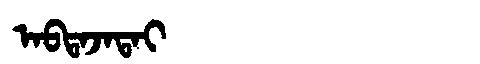
Manchu: ᠠᠪᡨᠠᠵᠠᡨᠠᡳ
Romanization: ABTAJATAI